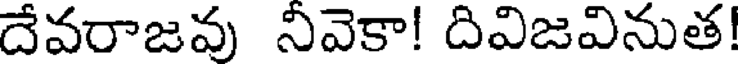
దేవరాజవు నివెకా! దివిజవినుత!